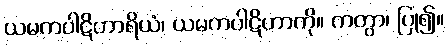
ယမကပါဋိဟာရိယံ၊ ယမကပါဋိဟာကို။ ကတွာ၊ ပြု၍။